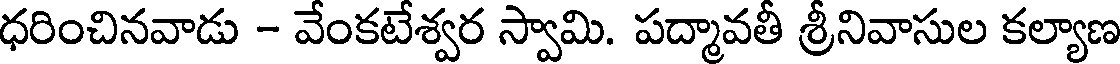
ధరించినవాడు - వేంకటేశ్వర స్వామి. పద్మావతీ శ్రీనివాసుల కల్యాణ